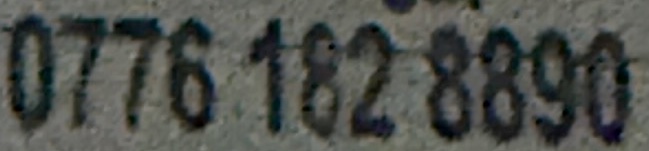
0776 182 8890